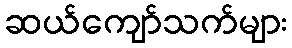
ဆယ်ကျော်သက်များ